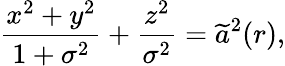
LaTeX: \frac{x^{2}+y^{2}}{1+\sigma^{2}}+\frac{z^{2}}{\sigma^{2}}=\widetilde{a}^{2}(r),